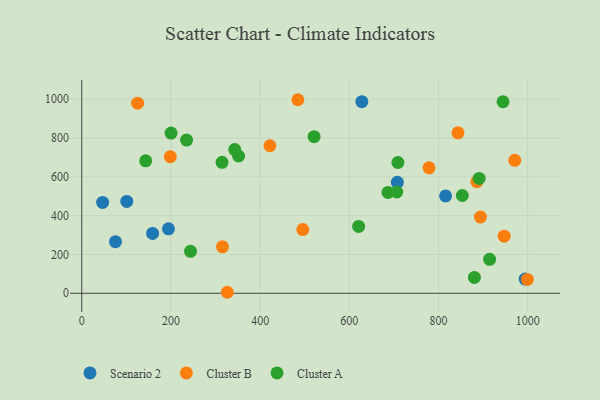
{"axis": {"x": "Price", "y": "Profit"}, "legend": ["Cluster A", "Cluster B", "Scenario 2"], "data": [{"x": "158.9", "y": 308.6, "type": "Scenario 2"}, {"x": "815.9", "y": 501.4, "type": "Scenario 2"}, {"x": "628.1", "y": 986.9, "type": "Scenario 2"}, {"x": "707.7", "y": 571.6, "type": "Scenario 2"}, {"x": "46.8", "y": 468.3, "type": "Scenario 2"}, {"x": "75.6", "y": 265.8, "type": "Scenario 2"}, {"x": "101.0", "y": 473.4, "type": "Scenario 2"}, {"x": "994.3", "y": 73.2, "type": "Scenario 2"}, {"x": "194.4", "y": 332.3, "type": "Scenario 2"}, {"x": "947.3", "y": 294.1, "type": "Cluster B"}, {"x": "326.4", "y": 5.2, "type": "Cluster B"}, {"x": "422.0", "y": 760.2, "type": "Cluster B"}, {"x": "999.3", "y": 71.4, "type": "Cluster B"}, {"x": "495.8", "y": 328.0, "type": "Cluster B"}, {"x": "125.3", "y": 979.3, "type": "Cluster B"}, {"x": "843.7", "y": 826.9, "type": "Cluster B"}, {"x": "971.1", "y": 684.8, "type": "Cluster B"}, {"x": "484.6", "y": 997.2, "type": "Cluster B"}, {"x": "198.6", "y": 703.9, "type": "Cluster B"}, {"x": "886.0", "y": 574.6, "type": "Cluster B"}, {"x": "894.1", "y": 392.4, "type": "Cluster B"}, {"x": "778.8", "y": 646.1, "type": "Cluster B"}, {"x": "315.6", "y": 239.2, "type": "Cluster B"}, {"x": "200.3", "y": 825.5, "type": "Cluster A"}, {"x": "314.6", "y": 674.6, "type": "Cluster A"}, {"x": "143.4", "y": 682.6, "type": "Cluster A"}, {"x": "891.1", "y": 591.7, "type": "Cluster A"}, {"x": "706.5", "y": 521.8, "type": "Cluster A"}, {"x": "343.1", "y": 740.3, "type": "Cluster A"}, {"x": "880.5", "y": 81.7, "type": "Cluster A"}, {"x": "351.6", "y": 707.3, "type": "Cluster A"}, {"x": "235.1", "y": 789.5, "type": "Cluster A"}, {"x": "621.0", "y": 344.5, "type": "Cluster A"}, {"x": "521.0", "y": 807.0, "type": "Cluster A"}, {"x": "853.4", "y": 503.7, "type": "Cluster A"}, {"x": "709.0", "y": 673.7, "type": "Cluster A"}, {"x": "686.7", "y": 519.6, "type": "Cluster A"}, {"x": "243.9", "y": 216.0, "type": "Cluster A"}, {"x": "914.6", "y": 175.2, "type": "Cluster A"}, {"x": "944.7", "y": 986.8, "type": "Cluster A"}]}